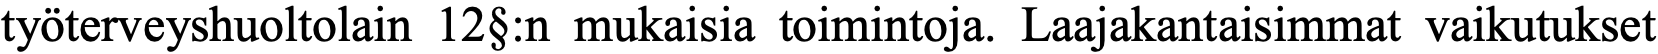
työterveyshuoltolain 12§:n mukaisia toimintoja. Laajakantaisimmat vaikutukset